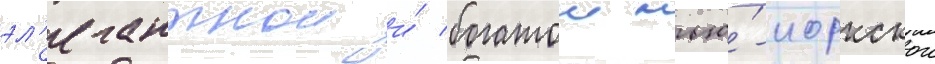
эл'егантнои и́ богатои нью́-иоркскои